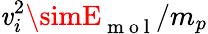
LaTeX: \mathit{v}_{i}^{2}\simE_{\mathrm{{~m~o~l~}}}/m_{p}